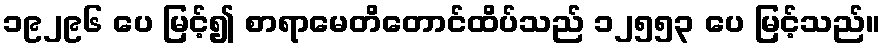
၁၉၂၉၆ ပေ မြင့်၍ စာရာမေတိတောင်ထိပ်သည် ၁၂၅၅၃ ပေ မြင့်သည်။